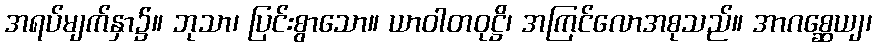
အရပ်မျက်နှာ၌။ ဘုသာ၊ ပြင်းစွာသော။ ယာဝါတဝုဋ္ဌိ၊ အကြင်လောအစုသည်။ အာဂစ္ဆေယျ၊